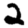
Digit: 2